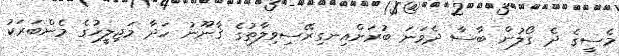
މެސީގެ ދެ ގޯލުން ބާސާ ދެވަނަ ބުރަށްއިނގިރޭސިވިލާތުގެ ޤާނޫނު ހަދާ މަޖިލީހުގެ މެންބަރަކު